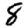
Digit: 8